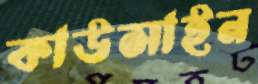
কাউসাইন